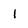
Character: 1